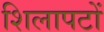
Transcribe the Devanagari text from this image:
शिलापटों